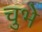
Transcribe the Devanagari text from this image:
चुभे